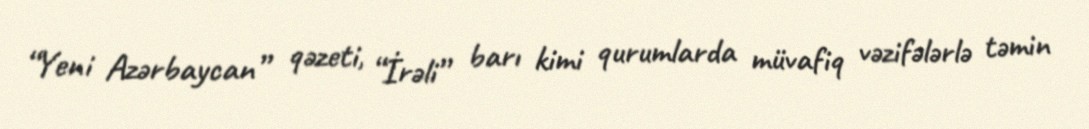
“Yeni Azərbaycan” qəzeti, “İrəli” barı kimi qurumlarda müvafiq vəzifələrlə təmin